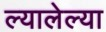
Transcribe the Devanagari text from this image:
ल्यालेल्या